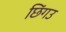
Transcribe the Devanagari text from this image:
छिंगउ